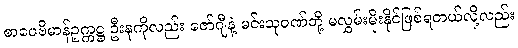
စာပေဗိမာန်ဥက္ကဋ္ဌ ဦးနုကိုလည်း ဇော်ဂျီနဲ့ မင်းသုဝဏ်တို့ မလွှမ်းမိုးနိုင်ဖြစ်ရတယ်လို့လည်း